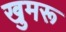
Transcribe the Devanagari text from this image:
खुमरू